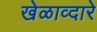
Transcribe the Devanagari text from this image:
खेळाव्दारे